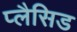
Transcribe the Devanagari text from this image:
प्लैसिड